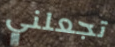
تجعلني